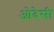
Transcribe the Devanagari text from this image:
ओदेसी